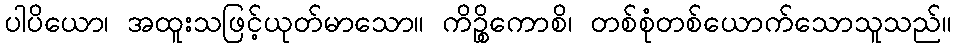
ပါပိယော၊ အထူးသဖြင့်ယုတ်မာသော။ ကိဉ္စိကောစိ၊ တစ်စုံတစ်ယောက်သောသူသည်။